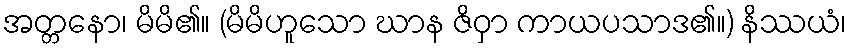
အတ္တနော၊ မိမိ၏။ (မိမိဟူသော ဃာန ဇိဝှာ ကာယပသာဒ၏။) နိဿယံ၊